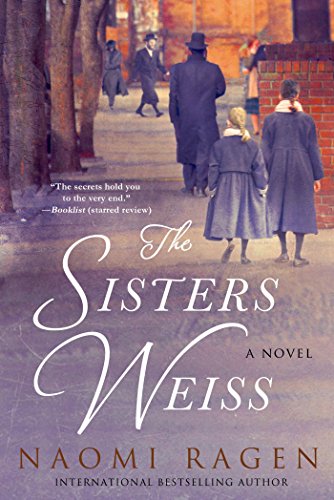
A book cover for The Sisters Weiss: A Novel; Naomi Ragen; Literature & Fiction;